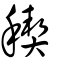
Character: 稧